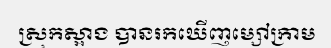
ស្រុកស្អាង បានរកឃើញម្សៅក្រាម